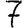
Digit: 7